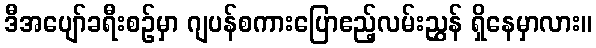
ဒီအပျော်ခရီးစဉ်မှာ ဂျပန်စကားပြောဧည့်လမ်းညွှန် ရှိနေမှာလား။